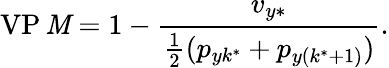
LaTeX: \operatorname{VP\mathit{M}}=1-\frac{{v_{y\ast}}}{{\frac{{1}}{{2}}(p_{yk^{\ast}}+p_{y(k^{\ast}+1)})}}.